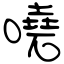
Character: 嘵